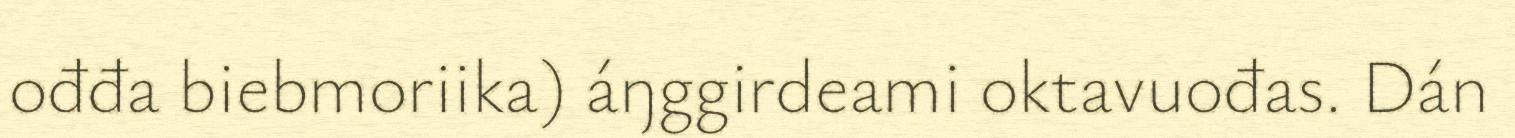
ođđa biebmoriika) áŋggirdeami oktavuođas. Dán